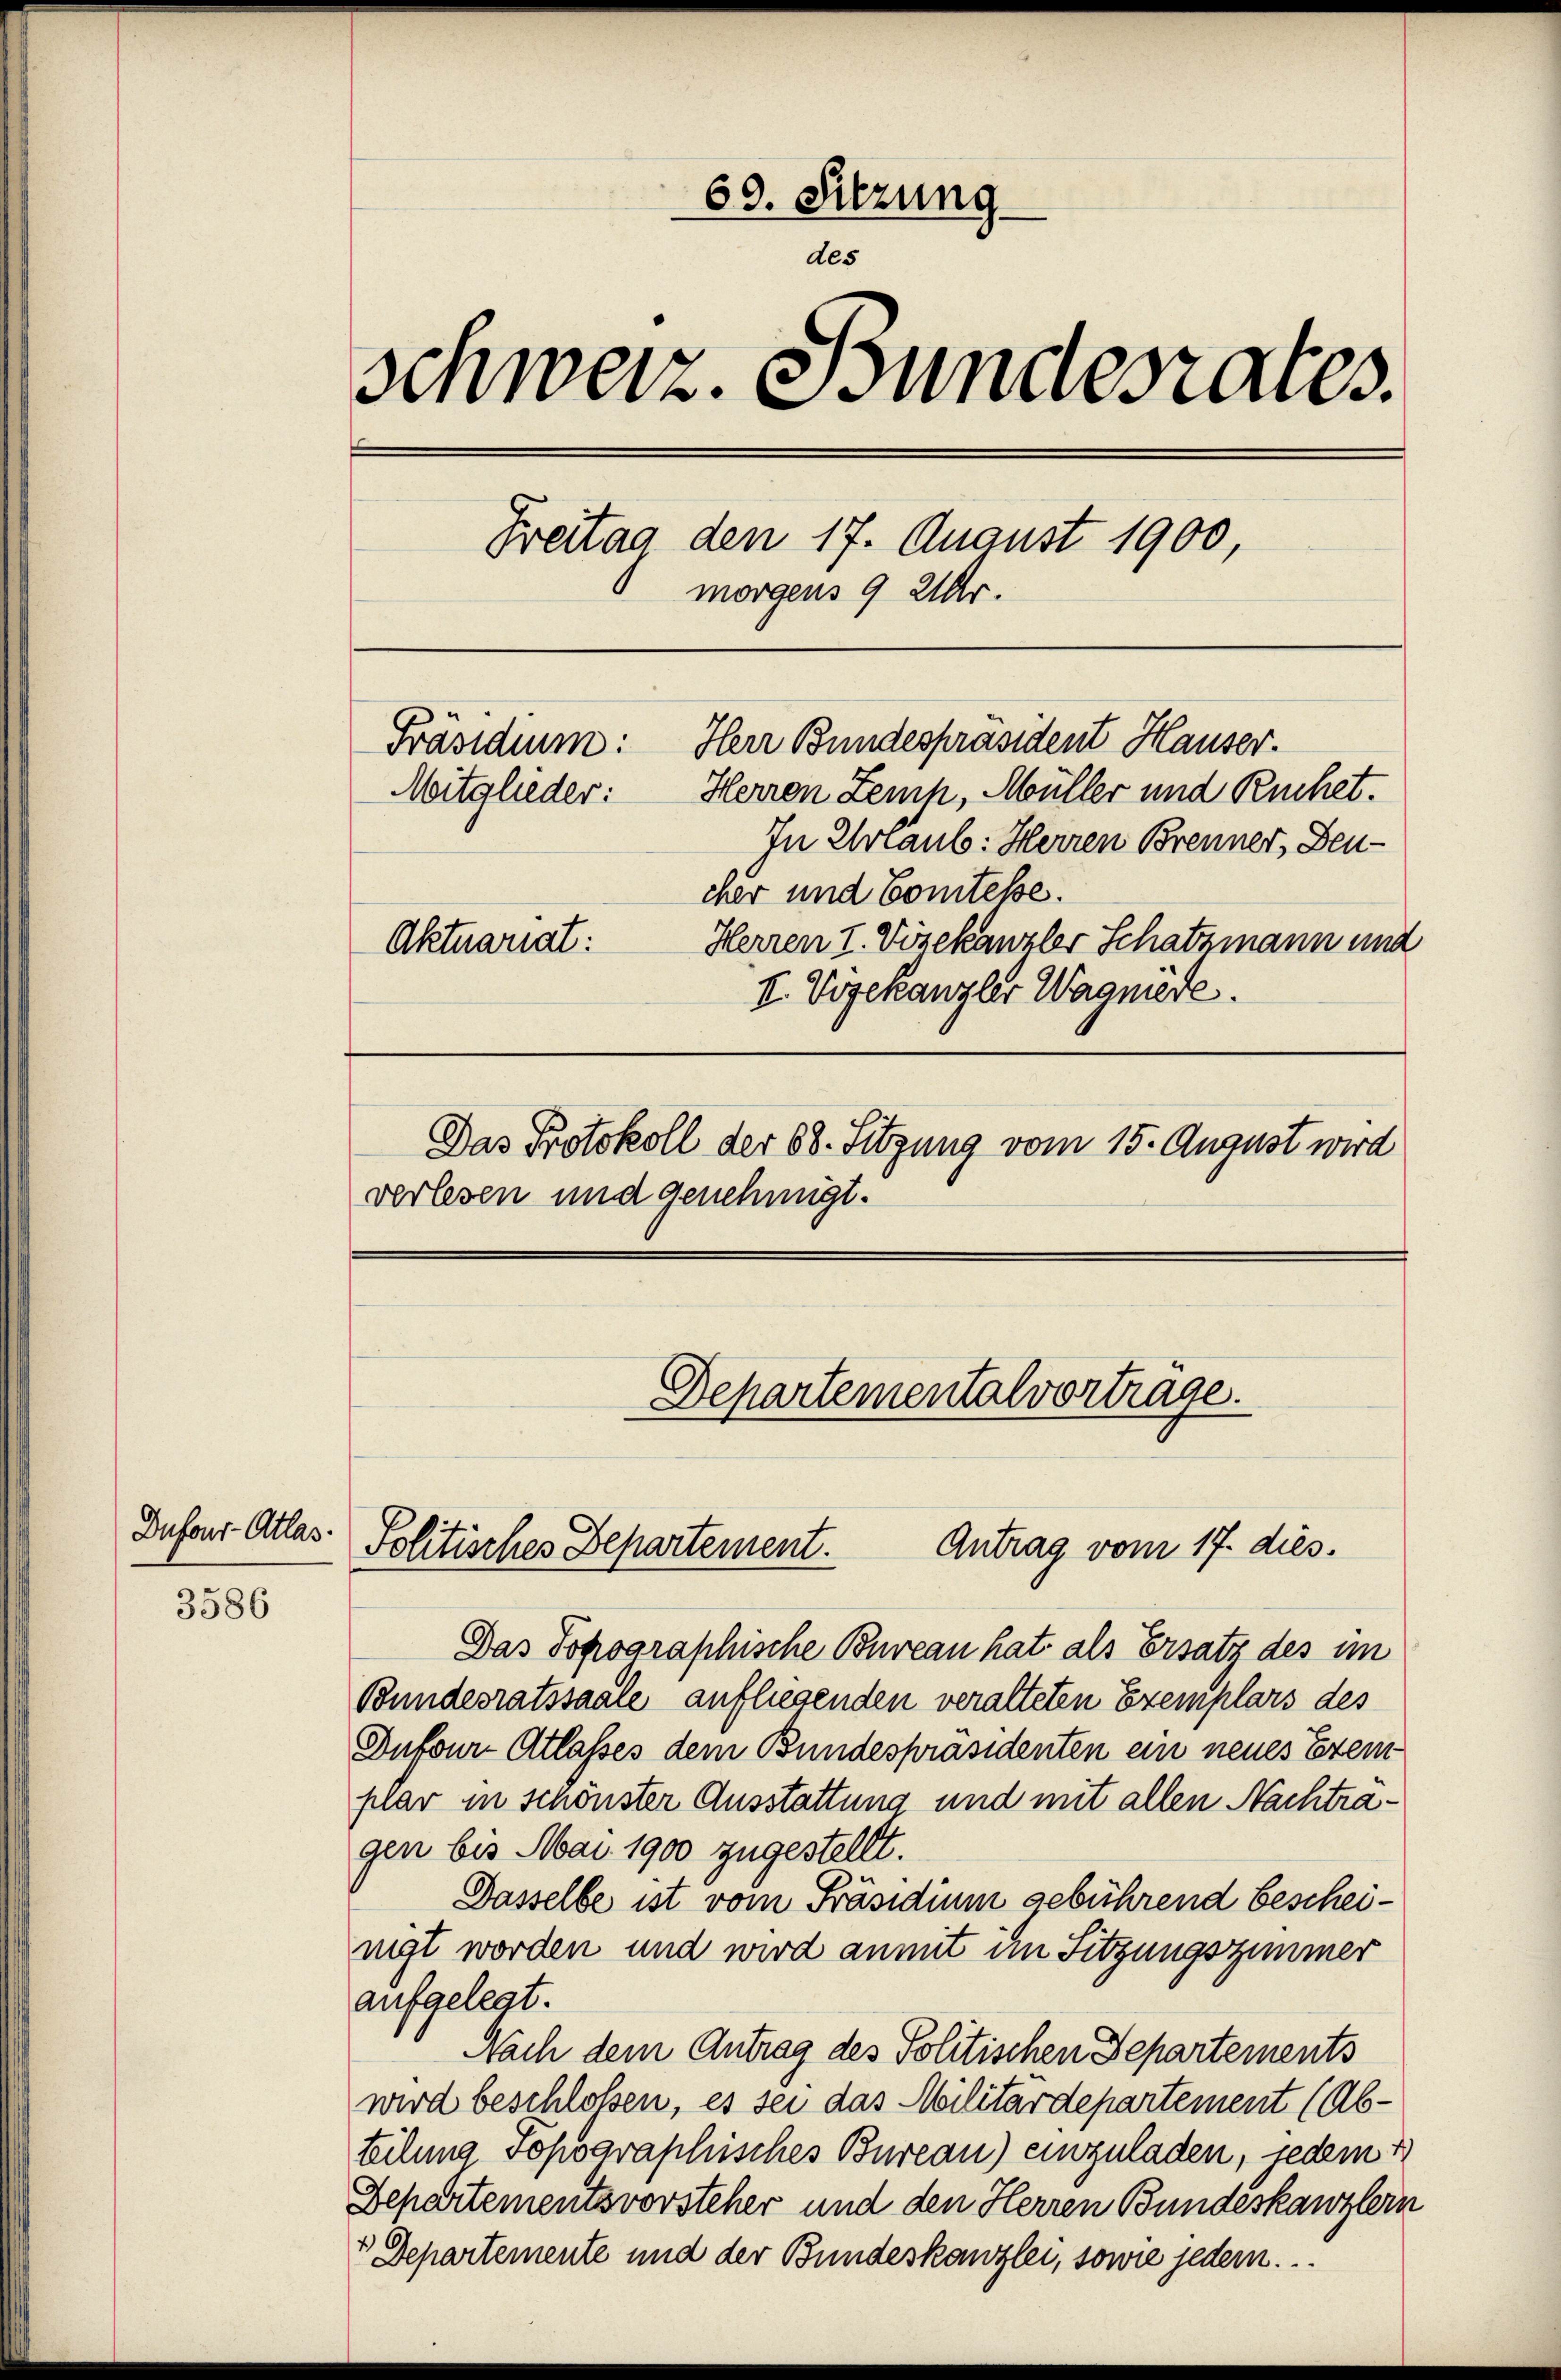
Dufour-Atlas

3586

69. Sitzung
des
schweiz. Bundesrates.
Freitag den 17. August 1900
morgens 9 Uhr.
Herr Bundespräsident Hauser.
Präsidium:
Herren Zemp, Müller und Ruchet.
Mitglieder:
In Urlaub: Herren Brenner, Zeucher und Comtesse.
Aktuariat:
Herren I. Vösekanzler Schatzmann und
I. Vogekanzler Wagniere.
Das Protokoll der 88. Sitzung vom 15. August wird
verlesen und genehmigt.

Antrag vom 17. dies.
Das Popographische Bureau hat als Ersatz des im
Bundesratssaale aufliegenden veralteten Exemplars des
Dufour-Atlasses dem Bundespräsidenten ein neues Exem
plar in schönster Ausstattung und mit allen Nachtragen bis Mai 1900 zugestellt.
Dasselbe ist vom Präsidium gebührend bescheinigt worden und wird anmit im Sitzungszimmer
aufgelegt.
Nach dem Antrag des Politischen Departements
wird beschloßen, es sei das Militärdepartement (Abteilung Topographisches Bureau) einzuladen, jedem 1
Departementsvorsteher und den Herren Bundeskanzlein
 Departemente und der Bundeskanzlei, sowie jedem.

Politisches Departement.

Departementalvortrage.